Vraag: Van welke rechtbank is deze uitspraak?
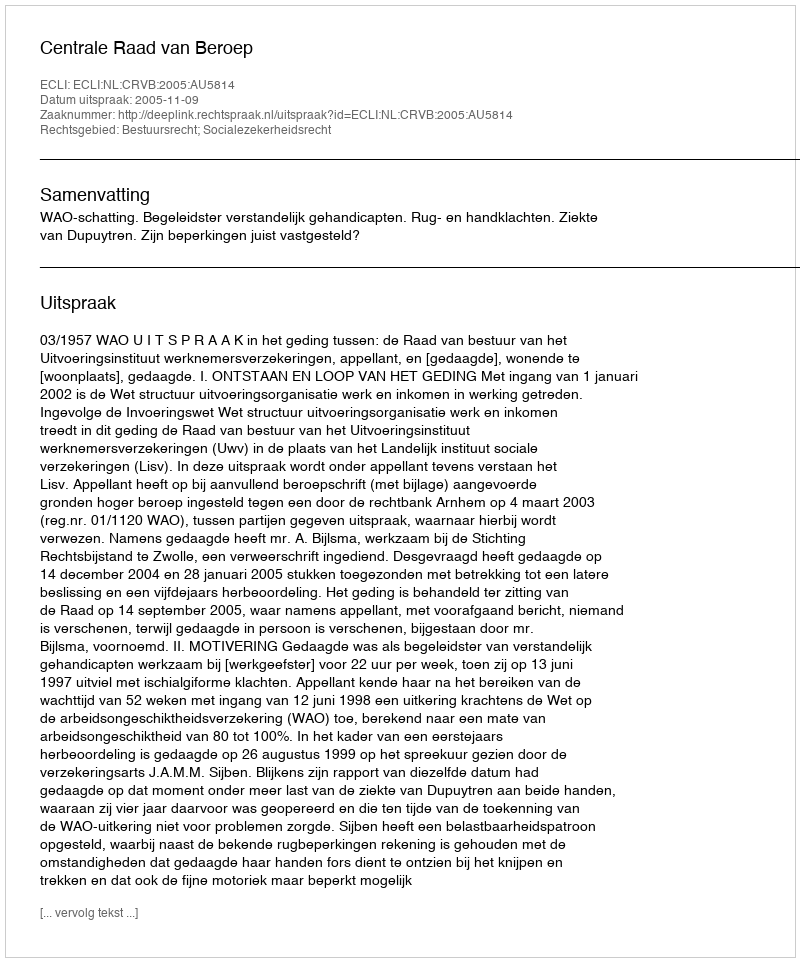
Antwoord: Centrale Raad van Beroep